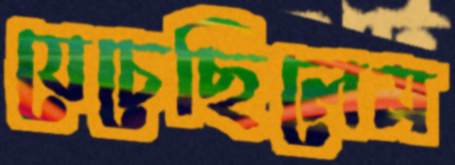
যেচেছিলেম